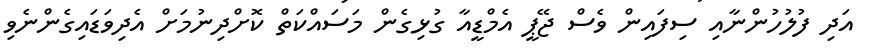
އަދި ފުލުހުންނާއި ސިފައިން ވެސް ޖޭޕީ އެމްޑީއާ ގުޅިގެން މަސައްކަތް ކޮށްދިނުމަށް އެދިވަޑައިގެންނެވި